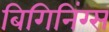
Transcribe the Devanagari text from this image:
बिगिनिंग्स